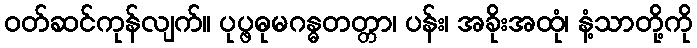
ဝတ်ဆင်ကုန်လျက်။ ပုပ္ဖဓုမဂန္ဓတတ္တာ၊ ပန်း၊ အခိုးအထုံ၊ နံ့သာတို့ကို